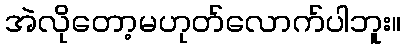
အဲလိုတော့မဟုတ်လောက်ပါဘူး။